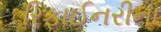
રિફાઈનરીના